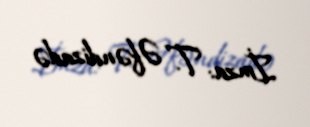
İmza: T. Əfəndizadə